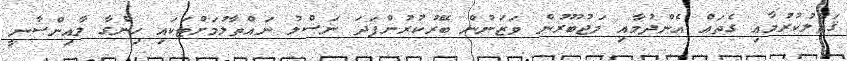
ޤަތުލުކުރުމާއި ގެތައް އެންދުމާއި މަޖުބޫރުން ވަޒަނުން ބޭރުކުރުންފަދަ ނަސްލު ނައްތާލުމަށްޓަކައި ހިންގާ ލާއިންސާނީ